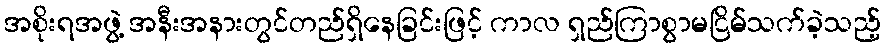
အစိုးရအဖွဲ့ အနီးအနားတွင်တည်ရှိနေခြင်းဖြင့် ကာလ ရှည်ကြာစွာမငြိမ်သက်ခဲ့သည့်